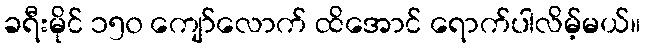
ခရီးမိုင် ၁၅၀ ကျော်လောက် ထိအောင် ရောက်ပါလိမ့်မယ်။